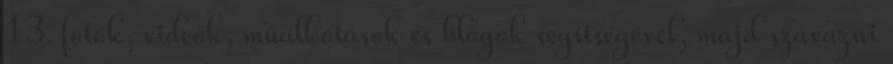
13. fotók, videók, műalkotások és blogok segítségével, majd szavazni